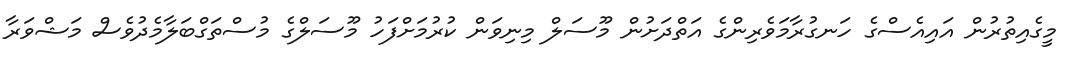
މީގެއިތުރުން އައިއެސްގެ ހަނގުރާމަވެރިންގެ އަތްދަށުން މޫސަލް މިނިވަން ކުރުމަށްފަހު މޫސަލްގެ މުސްތަގްބަލާމެދުވެސް މަޝްވަރާ